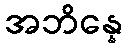
အဘိန္နေ